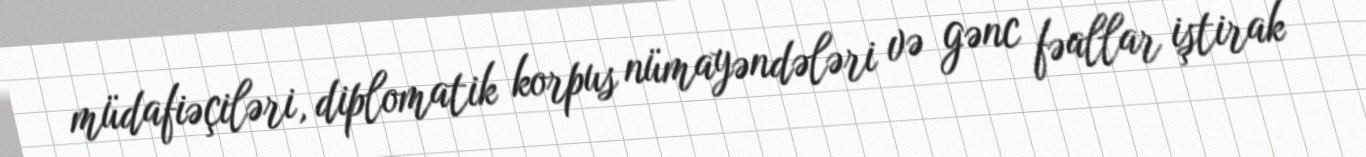
müdafiəçiləri, diplomatik korpus nümayəndələri və gənc fəallar iştirak